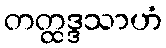
တတ္ထဒ္ဒသာဟံ